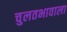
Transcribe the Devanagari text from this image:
चुलतभावाला